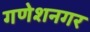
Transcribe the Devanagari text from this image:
गणेशनगर